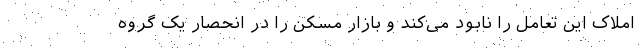
املاک این تعامل را نابود می‌کند و بازار مسکن را در انحصار یک گروه